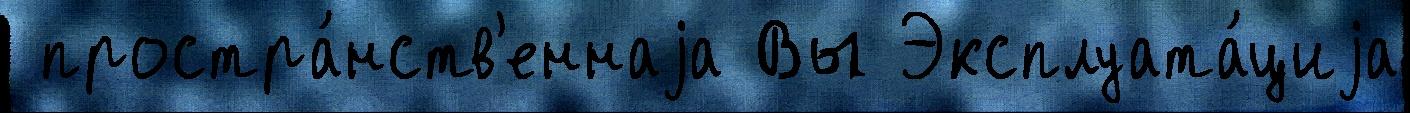
 простра́нств'еннаjа Вы Эксплуата́циjа